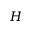
H